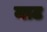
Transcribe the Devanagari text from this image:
माट